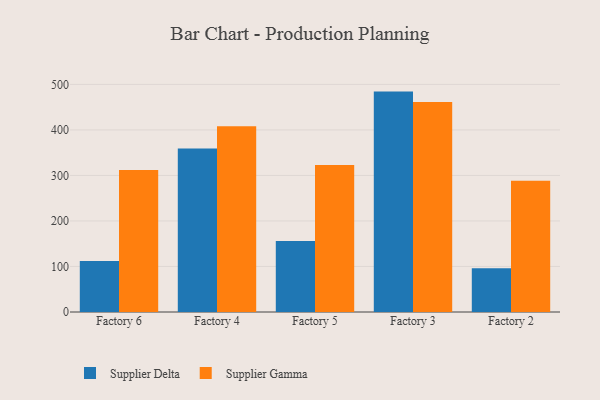
{"axis": {"x": "Factory", "y": "Budget (USD K)"}, "legend": ["Supplier Delta", "Supplier Gamma"], "data": [{"x": "Factory 6", "y": 112.0, "type": "Supplier Delta"}, {"x": "Factory 6", "y": 311.9, "type": "Supplier Gamma"}, {"x": "Factory 4", "y": 359.0, "type": "Supplier Delta"}, {"x": "Factory 4", "y": 408.3, "type": "Supplier Gamma"}, {"x": "Factory 5", "y": 156.0, "type": "Supplier Delta"}, {"x": "Factory 5", "y": 323.1, "type": "Supplier Gamma"}, {"x": "Factory 3", "y": 484.2, "type": "Supplier Delta"}, {"x": "Factory 3", "y": 461.3, "type": "Supplier Gamma"}, {"x": "Factory 2", "y": 95.9, "type": "Supplier Delta"}, {"x": "Factory 2", "y": 288.3, "type": "Supplier Gamma"}]}